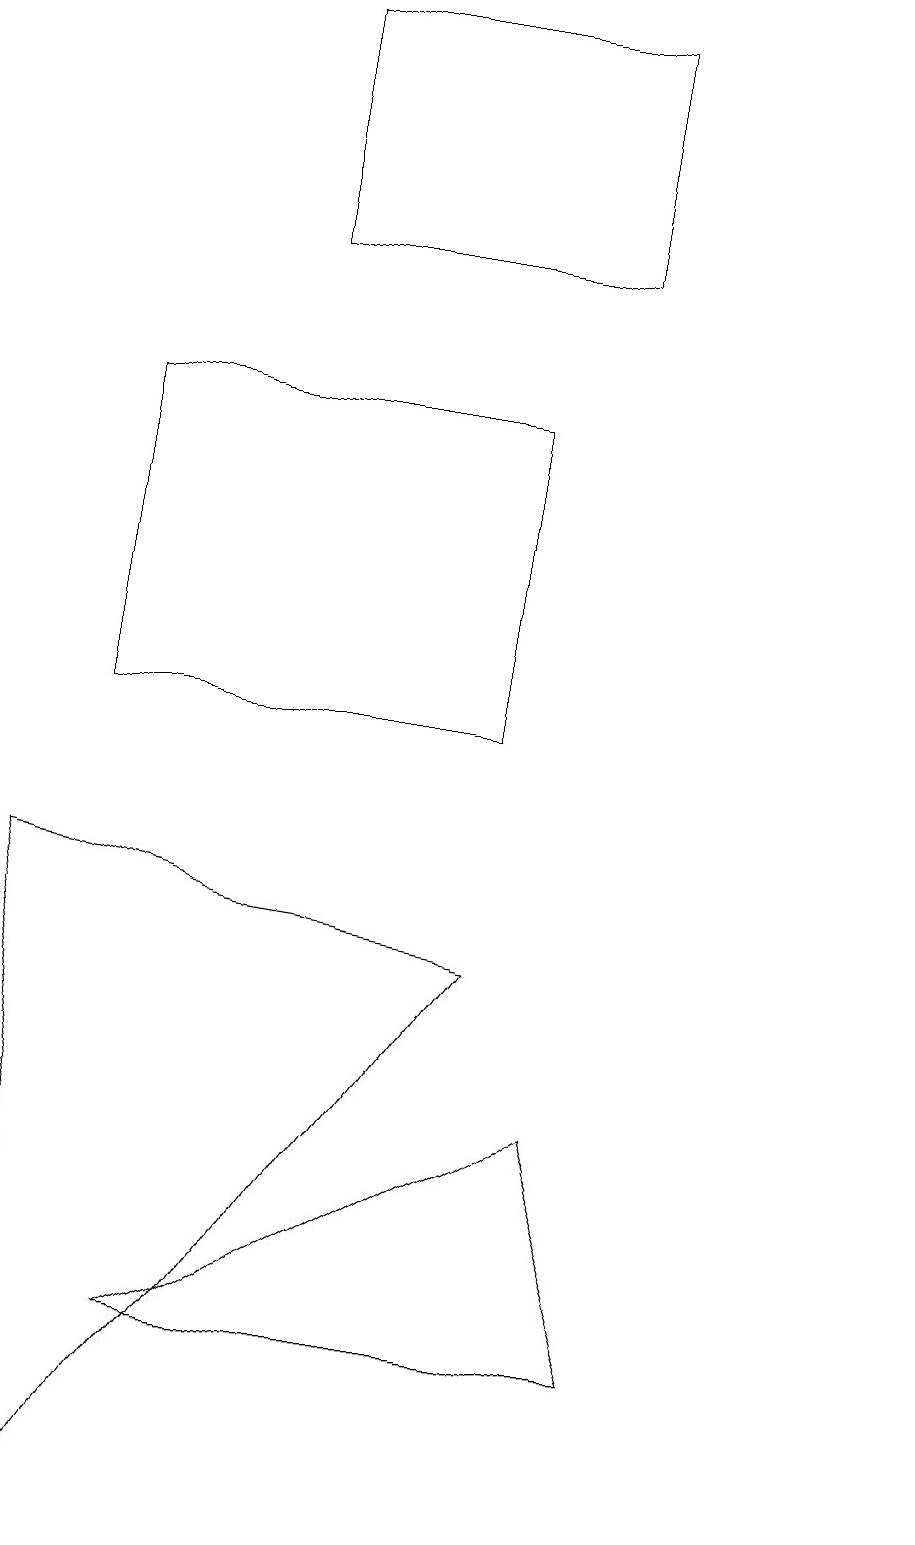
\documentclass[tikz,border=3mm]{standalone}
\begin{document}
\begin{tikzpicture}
\draw (4,16) rectangle (8,19);
\draw (2,14) rectangle (7,10);
\draw (12,10) circle (0);
\draw (3,2) -- (8,5) -- (9,2) -- cycle;
\draw (7,7) -- (2,0) -- (1,8) -- cycle;
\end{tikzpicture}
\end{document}